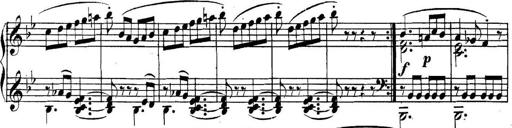
Title: Collected Piano Sonatas
Composer: Muzio Clementi